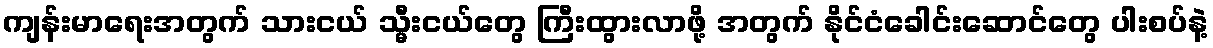
ကျန်းမာရေးအတွက် သားငယ် သ္မီးငယ်တွေ ကြီးထွားလာဖို့ အတွက် နိုင်ငံခေါင်းဆောင်တွေ ပါးစပ်နဲ့